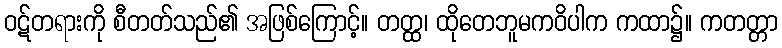
ဝဋ်တရားကို စီတတ်သည်၏ အဖြစ်ကြောင့်။ တတ္ထ၊ ထိုတေဘူမကဝိပါက ကထာ၌။ ကတတ္တာ